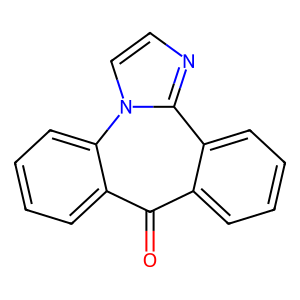
SMILES: O=c1c2ccccc2c2nccn2c2ccccc12
Inhibits HIV replication: Yes